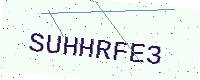
Text: SUHHRFE3